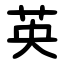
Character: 英